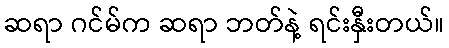
ဆရာ ဂင်မ်က ဆရာ ဘတ်နဲ့ ရင်းနှီးတယ်။